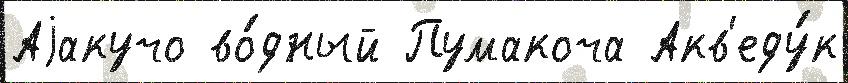
Аjакучо во́дный Пумакоча Акв'еду́к